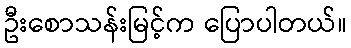
ဦးစောသန်းမြင့်က ပြောပါတယ်။